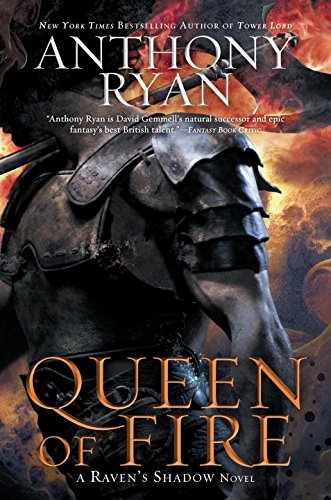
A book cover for Queen of Fire (Raven's Shadow); Anthony Ryan; Science Fiction & Fantasy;